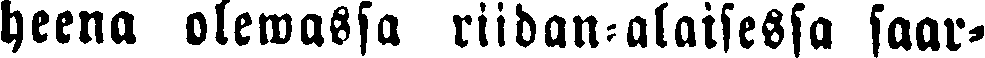
heena olemassa riidan-alaisessa saar-